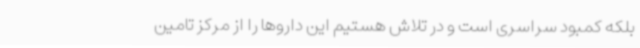
بلکه کمبود سراسری است و در تلاش هستیم این داروها را از مرکز تامین